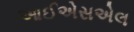
આઈએસએલ